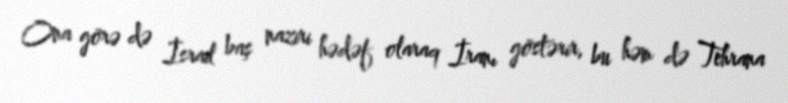
Ona görə də İsrail baş naziri hədəf olaraq İranı göstərir, bu həm də Tehrana